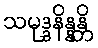
သမုဒ္ဒနိန္နန္တိ